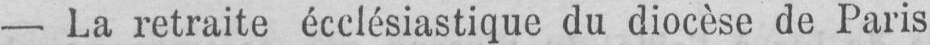
- La retraite ecclésiastique du diocèse de Paris